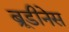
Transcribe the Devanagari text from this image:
ब्रूडीनेस